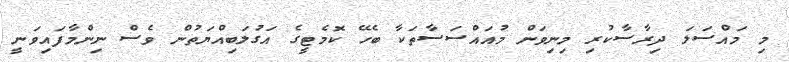
މި މައްސަލަ ދިރާސާކުރި މިނިވަން މުއައްސަސާތަކާ ބެހޭ ކޮމެޓީގެ އަގުލަބިއްޔަތުން ވެސް ނިންމާފައިވަނީ